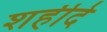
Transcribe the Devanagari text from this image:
शहीदे